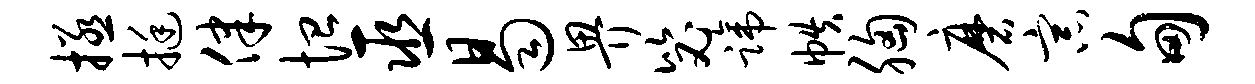
拯挺律恤巫曷畀毖蹄帙胸磨宗甸